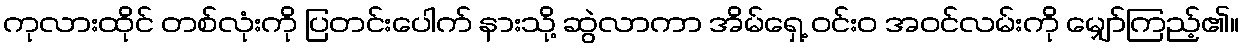
ကုလားထိုင် တစ်လုံးကို ပြတင်းပေါက် နားသို့ ဆွဲလာကာ အိမ်ရှေ့ ဝင်းဝ အဝင်လမ်းကို မျှော်ကြည့်၏။